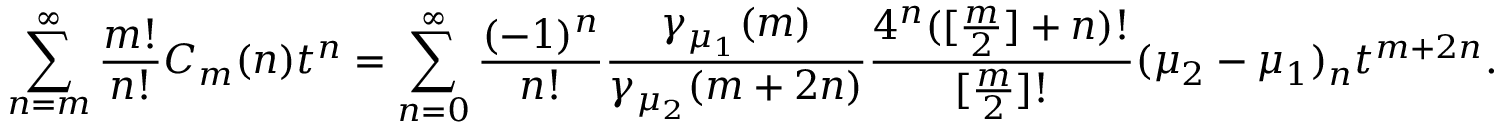
\sum _ { n = m } ^ { \infty } \frac { m ! } { n ! } C _ { m } ( n ) t ^ { n } = \sum _ { n = 0 } ^ { \infty } { \frac { ( - 1 ) ^ { n } } { n ! } } { \frac { \gamma _ { \mu _ { 1 } } ( m ) } { \gamma _ { \mu _ { 2 } } ( m + 2 n ) } } { \frac { 4 ^ { n } ( [ \frac { m } { 2 } ] + n ) ! } { [ \frac { m } { 2 } ] ! } } ( \mu _ { 2 } - \mu _ { 1 } ) _ { n } t ^ { m + 2 n } .